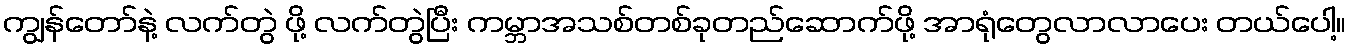
ကျွန်တော်နဲ့ လက်တွဲ ဖို့ လက်တွဲပြီး ကမ္ဘာအသစ်တစ်ခုတည်ဆောက်ဖို့ အာရုံတွေလာလာပေး တယ်ပေါ့။